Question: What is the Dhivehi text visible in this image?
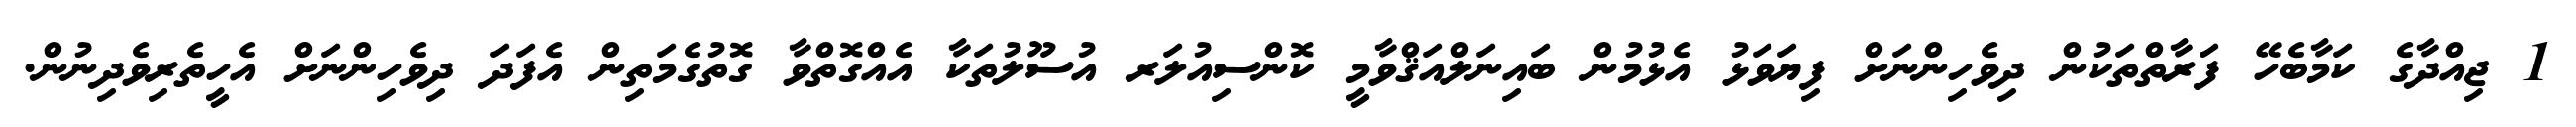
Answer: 1 ޖިއްދާގެ ކަމާބެހޭ ފަރާތްތަކުން ދިވެހިންނަށް ފިޔަވަޅު އެޅުމުން ބައިނަލްއަޤްވާމީ ކޮންސިއުލަރ އުސޫލުތަކާ އެއްގޮތްވާ ގޮތުގެމަތިން އެފަދަ ދިވެހިންނަށް އެހީތެރިވެދިނުން.